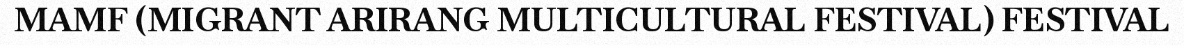
MAMF (MIGRANT ARIRANG MULTICULTURAL FESTIVAL) FESTIVAL